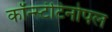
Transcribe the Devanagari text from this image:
कॉन्स्टंटिनोपल